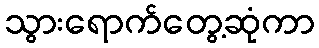
သွားရောက်တွေ့ဆုံကာ